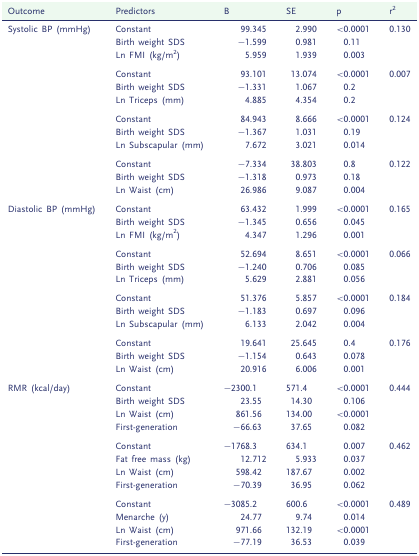
<table><thead><tr><td><b>Outcome</b></td><td><b>Predictors</b></td><td><b>B</b></td><td><b>SE</b></td><td><b>p</b></td><td><b>r<sup>2</sup></b></td></tr></thead><tbody><tr><td>Systolic BP (mmHg)</td><td>Constant</td><td>99.345</td><td>2.990</td><td>&lt;0.0001</td><td>0.130</td></tr><tr><td></td><td>Birth weight SDS</td><td>−1.599</td><td>0.981</td><td>0.11</td><td></td></tr><tr><td></td><td>Ln FMI (kg/m<sup>2</sup>)</td><td>5.959</td><td>1.939</td><td>0.003</td><td></td></tr><tr><td></td><td>Constant</td><td>93.101</td><td>13.074</td><td>&lt;0.0001</td><td>0.007</td></tr><tr><td></td><td>Birth weight SDS</td><td>−1.331</td><td>1.067</td><td>0.2</td><td></td></tr><tr><td></td><td>Ln Triceps (mm)</td><td>4.885</td><td>4.354</td><td>0.2</td><td></td></tr><tr><td></td><td>Constant</td><td>84.943</td><td>8.666</td><td>&lt;0.0001</td><td>0.124</td></tr><tr><td></td><td>Birth weight SDS</td><td>−1.367</td><td>1.031</td><td>0.19</td><td></td></tr><tr><td></td><td>Ln Subscapular (mm)</td><td>7.672</td><td>3.021</td><td>0.014</td><td></td></tr><tr><td></td><td>Constant</td><td>−7.334</td><td>38.803</td><td>0.8</td><td>0.122</td></tr><tr><td></td><td>Birth weight SDS</td><td>−1.318</td><td>0.973</td><td>0.18</td><td></td></tr><tr><td></td><td>Ln Waist (cm)</td><td>26.986</td><td>9.087</td><td>0.004</td><td></td></tr><tr><td>Diastolic BP (mmHg)</td><td>Constant</td><td>63.432</td><td>1.999</td><td>&lt;0.0001</td><td>0.165</td></tr><tr><td></td><td>Birth weight SDS</td><td>−1.345</td><td>0.656</td><td>0.045</td><td></td></tr><tr><td></td><td>Ln FMI (kg/m<sup>2</sup>)</td><td>4.347</td><td>1.296</td><td>0.001</td><td></td></tr><tr><td></td><td>Constant</td><td>52.694</td><td>8.651</td><td>&lt;0.0001</td><td>0.066</td></tr><tr><td></td><td>Birth weight SDS</td><td>−1.240</td><td>0.706</td><td>0.085</td><td></td></tr><tr><td></td><td>Ln Triceps (mm)</td><td>5.629</td><td>2.881</td><td>0.056</td><td></td></tr><tr><td></td><td>Constant</td><td>51.376</td><td>5.857</td><td>&lt;0.0001</td><td>0.184</td></tr><tr><td></td><td>Birth weight SDS</td><td>−1.183</td><td>0.697</td><td>0.096</td><td></td></tr><tr><td></td><td>Ln Subscapular (mm)</td><td>6.133</td><td>2.042</td><td>0.004</td><td></td></tr><tr><td></td><td>Constant</td><td>19.641</td><td>25.645</td><td>0.4</td><td>0.176</td></tr><tr><td></td><td>Birth weight SDS</td><td>−1.154</td><td>0.643</td><td>0.078</td><td></td></tr><tr><td></td><td>Ln Waist (cm)</td><td>20.916</td><td>6.006</td><td>0.001</td><td></td></tr><tr><td>RMR (kcal/day)</td><td>Constant</td><td>−2300.1</td><td>571.4</td><td>&lt;0.0001</td><td>0.444</td></tr><tr><td></td><td>Birth weight SDS</td><td>23.55</td><td>14.30</td><td>0.106</td><td></td></tr><tr><td></td><td>Ln Waist (cm)</td><td>861.56</td><td>134.00</td><td>&lt;0.0001</td><td></td></tr><tr><td></td><td>First-generation</td><td>−66.63</td><td>37.65</td><td>0.082</td><td></td></tr><tr><td></td><td>Constant</td><td>−1768.3</td><td>634.1</td><td>0.007</td><td>0.462</td></tr><tr><td></td><td>Fat free mass (kg)</td><td>12.712</td><td>5.933</td><td>0.037</td><td></td></tr><tr><td></td><td>Ln Waist (cm)</td><td>598.42</td><td>187.67</td><td>0.002</td><td></td></tr><tr><td></td><td>First-generation</td><td>−70.39</td><td>36.95</td><td>0.062</td><td></td></tr><tr><td></td><td>Constant</td><td>−3085.2</td><td>600.6</td><td>&lt;0.0001</td><td>0.489</td></tr><tr><td></td><td>Menarche (y)</td><td>24.77</td><td>9.74</td><td>0.014</td><td></td></tr><tr><td></td><td>Ln Waist (cm)</td><td>971.66</td><td>132.19</td><td>&lt;0.0001</td><td></td></tr><tr><td></td><td>First-generation</td><td>−77.19</td><td>36.53</td><td>0.039</td><td></td></tr></tbody></table>